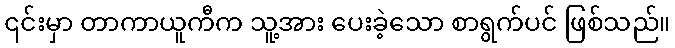
၎င်းမှာ တာကာယူကီက သူ့အား ပေးခဲ့သော စာရွက်ပင် ဖြစ်သည်။